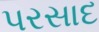
પરસાદ